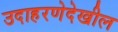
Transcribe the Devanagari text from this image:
उदाहरणेदेखील